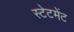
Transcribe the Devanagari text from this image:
स्‍टेटमेंट